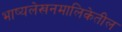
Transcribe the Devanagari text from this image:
भाष्यलेखनमालिकेतील